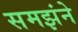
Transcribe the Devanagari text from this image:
समझंने